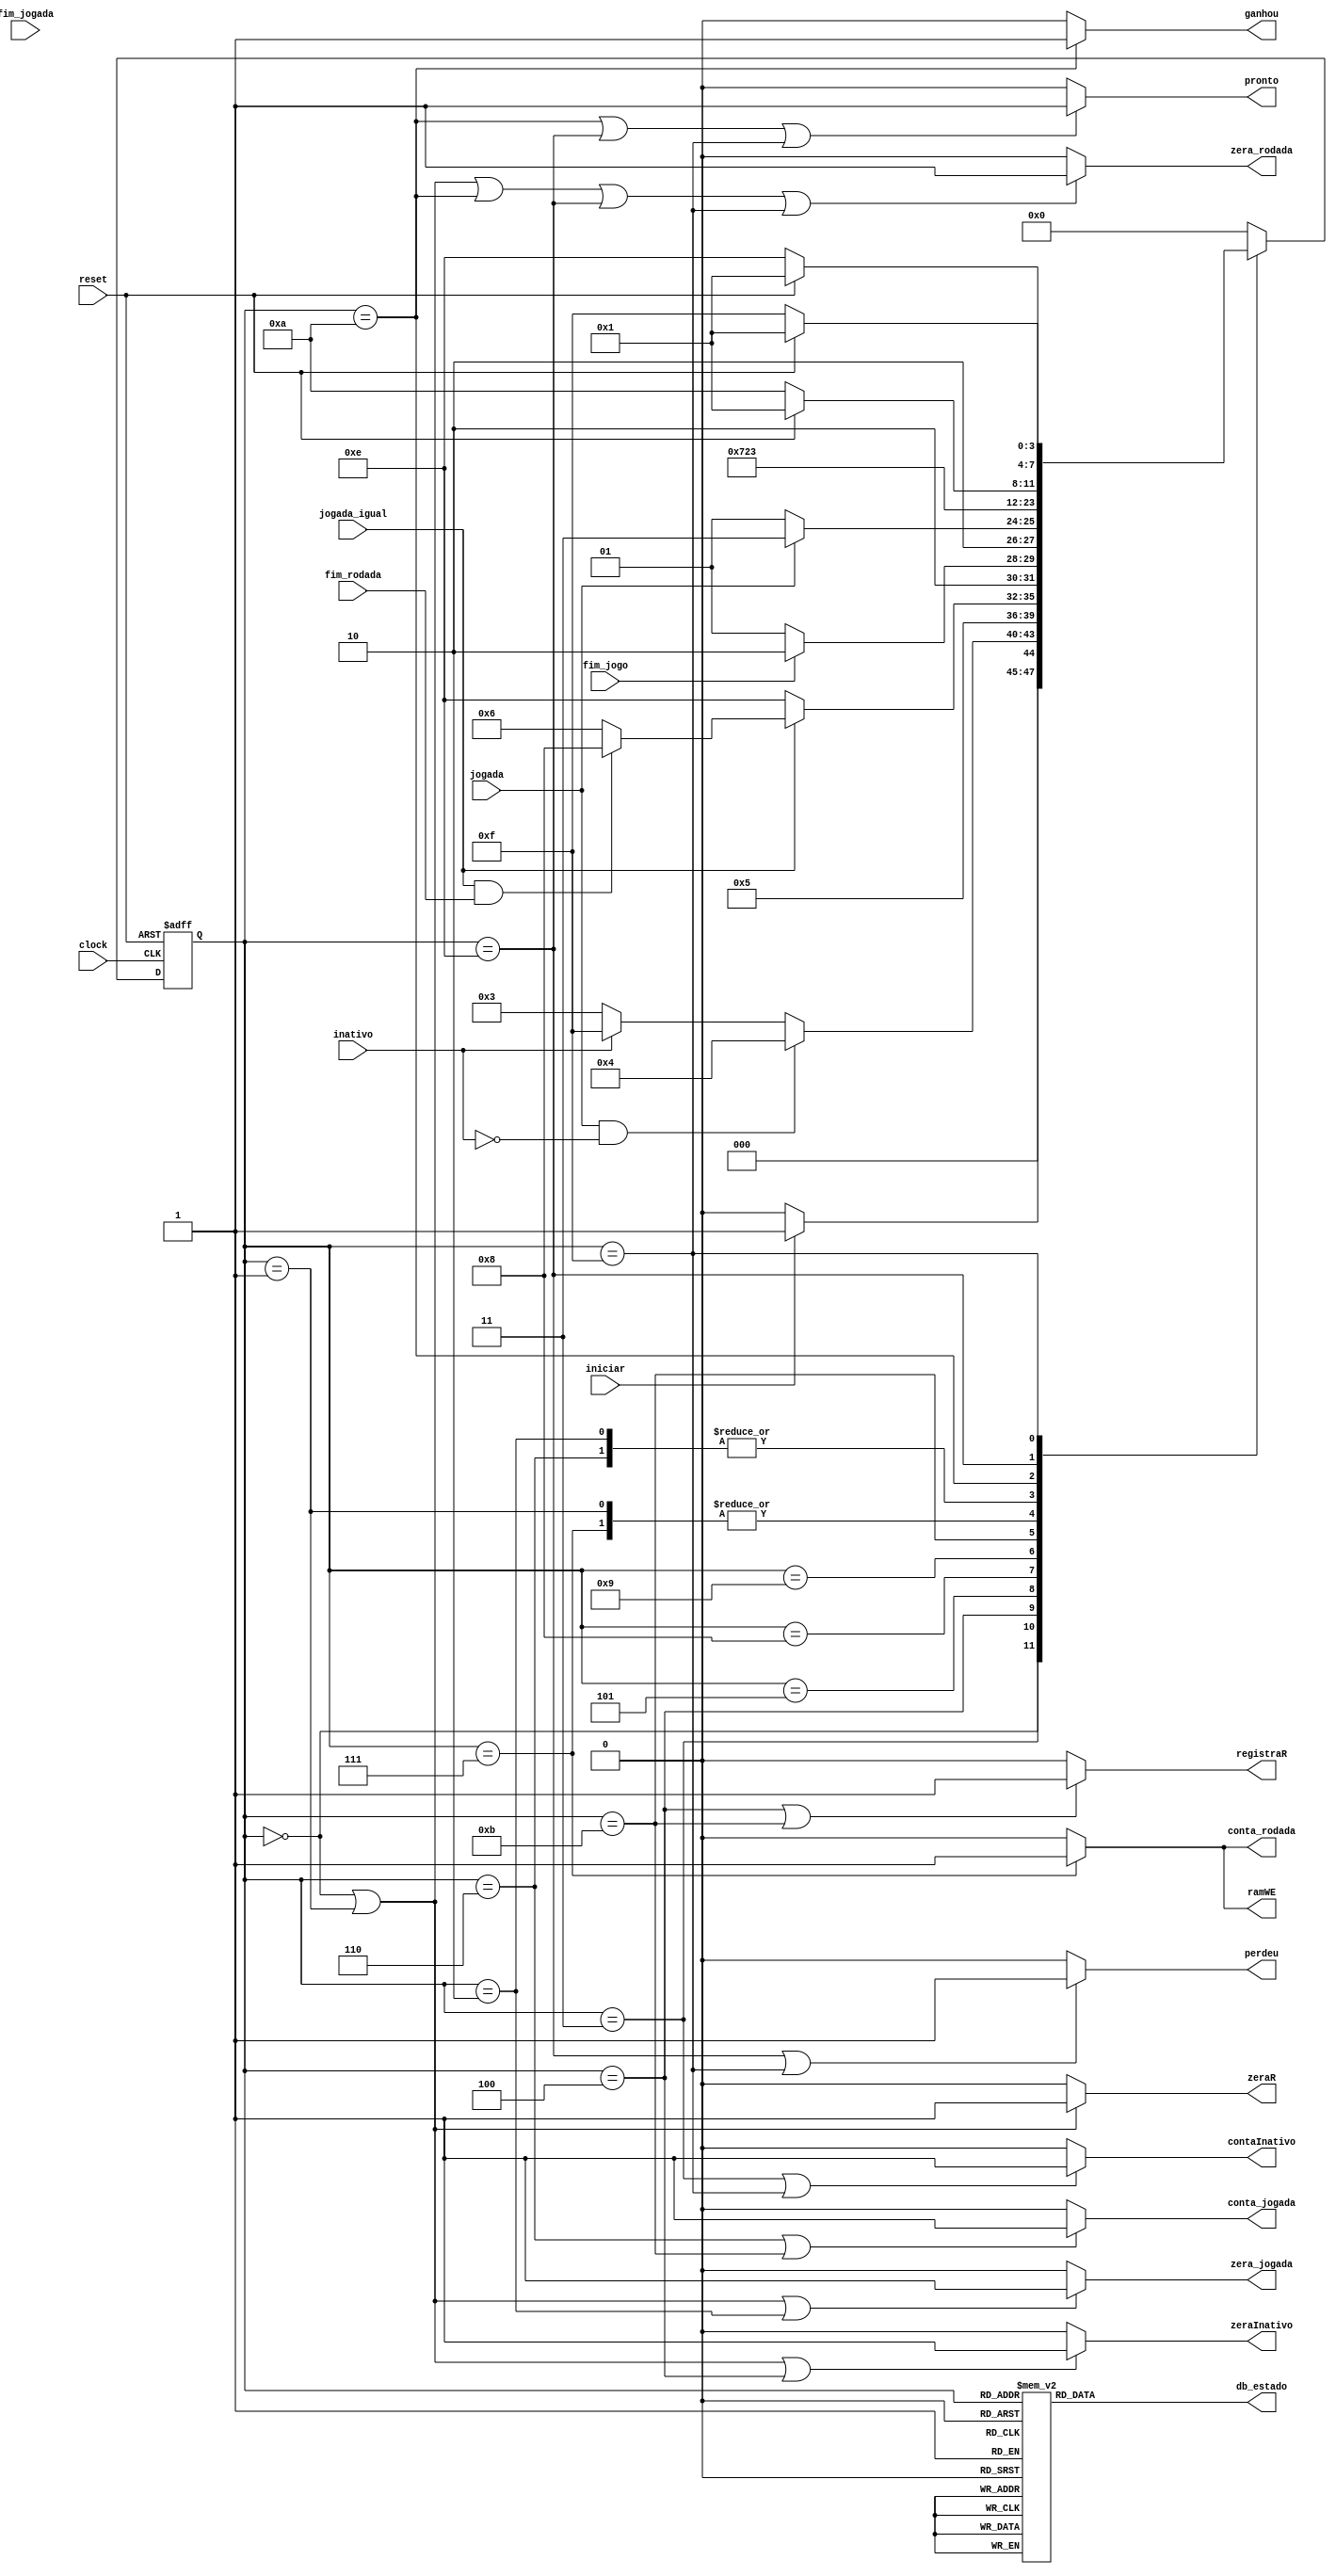
//------------------------------------------------------------------
// Arquivo   : exp4_unidade_controle.v
// Projeto   : Experincia 4 - Projeto de uma Unidade de Controle
//------------------------------------------------------------------
// Descrio : Unidade de controle
//
// usar este cdigo como template (modelo) para codificar 
// mquinas de estado de unidades de controle            
//------------------------------------------------------------------
// Revises  :
//     Data        Verso  Autor             Descrio
//     14/01/2024  1.0     Edson Midorikawa  verso inicial
//------------------------------------------------------------------
//
module unidade_controle (
    input      clock       ,
    input      reset       ,
    input      iniciar     ,
    input      fim_jogada  ,
    input      fim_rodada  , 
    input      fim_jogo    , 
    input      jogada      , 
    input      jogada_igual,
	input      inativo     ,
    output reg zera_jogada ,
    output reg conta_jogada,
    output reg zera_rodada ,
    output reg conta_rodada,
	output reg contaInativo,
	output reg zeraInativo ,
    output reg zeraR       ,
    output reg registraR   ,
    output reg ganhou      ,
    output reg perdeu      ,
    output reg pronto      ,
    output reg ramWE       ,
    output reg [3:0] db_estado
);
    
    /* declarao dos estados dessa UC */
    parameter inicial              = 4'b0000; // 0
    parameter inicializa_elementos = 4'b0001; // 1
    parameter inicio_da_rodada     = 4'b0010; // 2
    parameter espera_jogada        = 4'b0011; // 3
    parameter registra_jogada      = 4'b0100; // 4
    parameter compara_jogada       = 4'b0101; // 5
    parameter proxima_jogada       = 4'b0110; // 6
    parameter proxima_rodada       = 4'b0111; // 7
    parameter ultima_rodada        = 4'b1000; // 8
	 parameter espera_nova          = 4'b1001; // 9 //
    parameter final_com_acertos    = 4'b1010; // A
	 parameter registra_nova        = 4'b1011; // B //
    parameter final_com_erro       = 4'b1110; // E
	 parameter final_com_timeout    = 4'b1111; // F

    // Variveis de estado
    reg [3:0] Eatual, Eprox;

    // Memria de estado
    always @(posedge clock or posedge reset) begin
        if (reset)
            Eatual <= inicial;
        else
            Eatual <= Eprox;
    end



    always @* begin
        case (Eatual)
            inicial:              Eprox = iniciar ? inicializa_elementos : inicial;
            inicializa_elementos: Eprox = inicio_da_rodada;
            inicio_da_rodada:     Eprox = espera_jogada;
            espera_jogada:        Eprox = (jogada && ~inativo) ? registra_jogada : 
                                           inativo ? final_com_timeout : espera_jogada;
            registra_jogada:      Eprox = compara_jogada;
            compara_jogada:       Eprox = ~jogada_igual ? final_com_erro : 
                                          (jogada_igual && fim_rodada) ? ultima_rodada : proxima_jogada ;
            //ultima_rodada:        Eprox = fim_jogo ? final_com_acertos : proxima_rodada;
				
				ultima_rodada:        Eprox = fim_jogo ? final_com_acertos : espera_nova;
				espera_nova:			 Eprox = jogada ? registra_nova : espera_nova;
				registra_nova:			 Eprox = proxima_rodada;
				
            proxima_rodada:       Eprox = inicio_da_rodada;
            proxima_jogada:       Eprox = espera_jogada;
            final_com_acertos:    Eprox = reset ? inicializa_elementos : final_com_acertos;
            final_com_erro:       Eprox = reset ? inicializa_elementos : final_com_erro;
			   final_com_timeout:    Eprox = reset ? inicializa_elementos : final_com_timeout;
            default:              Eprox = inicial;
        endcase
    end

    // Lgica de sada (maquina Moore)
    always @* begin
	 
		  ramWE          = (Eatual == proxima_rodada) ? 1'b1 : 1'b0;
	 
	 
	 
        zera_jogada    = (Eatual == inicial              || 
                          Eatual == inicializa_elementos || 
                          Eatual == inicio_da_rodada     ) ? 1'b1 : 1'b0;

        conta_rodada   = (Eatual == proxima_rodada) ? 1'b1 : 1'b0;   

        zera_rodada    = (Eatual == inicial              || 
                          Eatual == inicializa_elementos || 
                          Eatual == final_com_acertos    || 
                          Eatual == final_com_erro       || 
                          Eatual == final_com_timeout    ) ? 1'b1 : 1'b0;
                         
        // conta_jogada   = (Eatual == proxima_jogada) ? 1'b1 : 1'b0; 
        conta_jogada   = (Eatual == proxima_jogada || Eatual == registra_nova) ? 1'b1 : 1'b0; 


        pronto         = (Eatual == final_com_acertos || 
                          Eatual == final_com_erro    || 
                          Eatual == final_com_timeout ) ? 1'b1 : 1'b0; 
                         
        zeraR          = (Eatual == inicial || 
                          Eatual == inicializa_elementos) ? 1'b1 : 1'b0;

        registraR      = (Eatual == registra_jogada || Eatual == registra_nova) ? 1'b1 : 1'b0;

        ganhou         = (Eatual == final_com_acertos) ? 1'b1 : 1'b0; 

        perdeu         = (Eatual == final_com_erro || Eatual == final_com_timeout) ? 1'b1 : 1'b0;

		zeraInativo    = (Eatual == inicial              || 
                          Eatual == inicializa_elementos || 
                          Eatual == registra_jogada      ) ? 1'b1 : 1'b0;
                         
		contaInativo   = (Eatual == espera_jogada || Eatual == final_com_timeout) ? 1'b1 : 1'b0;

        // Sada de depurao (estado)
        case (Eatual)
            inicial:              db_estado = 4'b0000; // 0
            inicializa_elementos: db_estado = 4'b0001; // 1
            inicio_da_rodada:     db_estado = 4'b0010; // 2
            espera_jogada:        db_estado = 4'b0011; // 3
            registra_jogada:      db_estado = 4'b0100; // 4
            compara_jogada:       db_estado = 4'b0101; // 5
            proxima_jogada:       db_estado = 4'b0110; // 6
            proxima_rodada:       db_estado = 4'b0111; // 7
            ultima_rodada:        db_estado = 4'b1000; // 8
				espera_nova:          db_estado = 4'b1001; // 9 //
            final_com_acertos:    db_estado = 4'b1010; // A
				registra_nova:         db_estado = 4'b1011; // B //
            final_com_erro:       db_estado = 4'b1110; // E
	        final_com_timeout:    db_estado = 4'b1111; // F
            default:              db_estado = 4'b1101; // D
        endcase
    end

endmodule